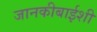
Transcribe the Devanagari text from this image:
जानकीबाईशी